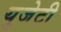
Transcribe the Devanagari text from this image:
युजेटी